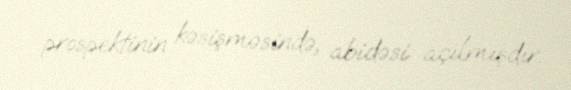
prospektinin kəsişməsində, abidəsi açılmışdır.